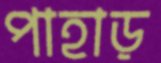
পাহাড়